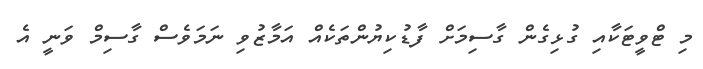
މި ޓްވީޓަކާއި ގުޅިގެން ގާސިމަށް ފާޑުކިޔުންތަކެއް އަމާޒުވި ނަމަވެސް ގާސިމް ވަނީ އެ